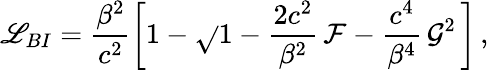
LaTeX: \mathscr{L}_{BI}=\frac{{\beta^{2}}}{{c^{2}}}\left[1-\sqrt{}{{1-\frac{{2c^{2}}}{{\beta^{2}}}\, \mathcal{{F}}-\frac{{c^{4}}}{{\beta^{4}}}\, \mathcal{{G}}^{2}}}\, \right]\, ,